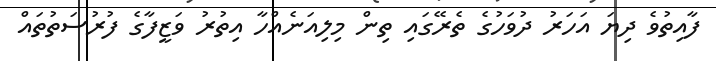
ފާއިތުވެ ދިޔަ އަހަރު ދުވަހުގެ ތެރޭގައި ތިން މިލިއަނެއްހާ އިތުރު ވަޒީފާގެ ފުރުސަތުތައް